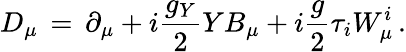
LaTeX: D_{\mu}\, =\, \partial_{\mu}+i{\frac{g_{Y}}{2}}YB_{\mu}+i{\frac{g}{2}}\tau_{i}W_{\mu}^{i}\, .